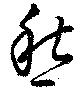
愁